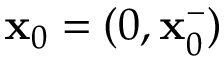
\mathbf { x } _ { 0 } = ( 0 , \mathbf { x } _ { 0 } ^ { - } )